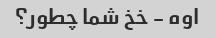
اوه - خخ شما چطور؟